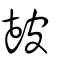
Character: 皷